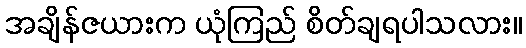
အချိန်ဇယားက ယုံကြည် စိတ်ချရပါသလား။